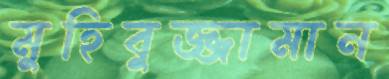
মুহিবুজ্জামান